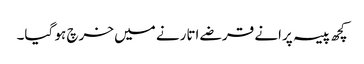
کچھ پیسہ پرانے قرضے اتارنے میں خرچ ہو گیا۔